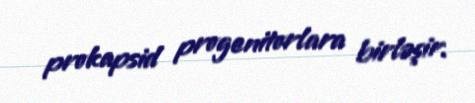
prokapsid progenitorlara birləşir.